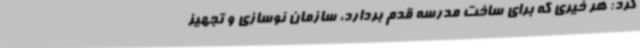
کرد: هر خیری که برای ساخت مدرسه قدم بردارد، سازمان نوسازی و تجهیز